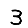
Digit: 3